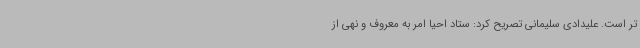
تر است. علیدادی سلیمانی تصریح کرد: ستاد احیا امر به معروف و نهی از